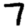
Digit: 7